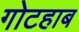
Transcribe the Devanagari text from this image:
गोटहाब